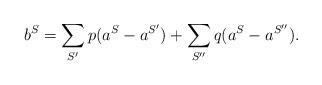
LaTeX: \begin{align*}b^{S} = \sum_{S'} p( a^{S} - a^{S'}) + \sum_{S''} q(a^{S} - a^{S''}).\end{align*}